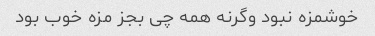
خوشمزه نبود وگرنه همه چی بجز مزه خوب بود